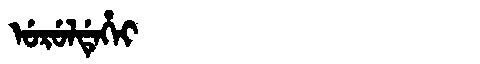
Manchu: ᡠᡵᡠᠯᡩᡝᡥᡝᡳ
Romanization: URULDEHEI